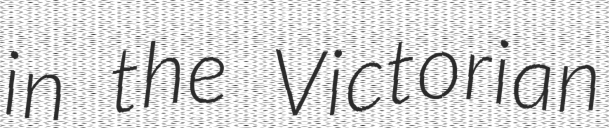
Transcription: in the Victorian